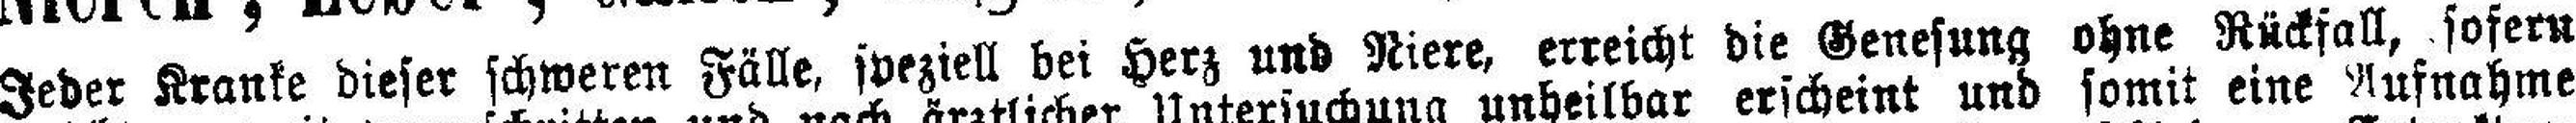
Jeder Kranke dieser schweren Fälle, jveziell bei Herz und Niere, erreicht die Genesung ohne Rückfall, sofern